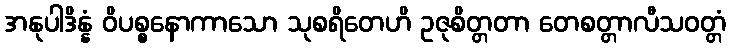
အနုပါဒိန္နံ ဝိပစ္စနောကာသော သုစရိတေဟိ ဥဇုစိတ္တတာ တေစတ္တာလီသဝတ္တံ